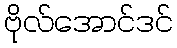
ဗိုလ်အောင်ဒင်